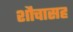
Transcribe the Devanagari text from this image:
शौचासह